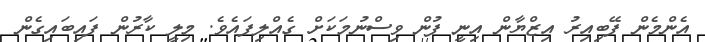
އެންމެން ފޭބިއިރު އިޒްޔާން އިނީ ފުން ވިސްނުމަކަށް ގެއްލިފައެވެ. މިލީ ކާރުން ފައިބައިގެން